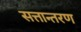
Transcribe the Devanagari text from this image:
सत्तान्तरण